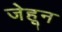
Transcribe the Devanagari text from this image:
जेहून